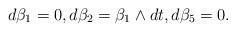
LaTeX: \begin{align*}d\beta_1=0,d\beta_2=\beta_1\wedge dt,d\beta_5=0. \end{align*}